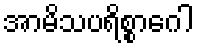
အာမိသပရိစ္စာဂေါ